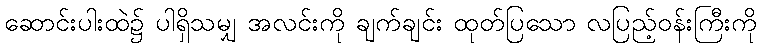
ဆောင်းပါးထဲ၌ ပါရှိသမျှ အလင်းကို ချက်ချင်း ထုတ်ပြသော လပြည့်ဝန်းကြီးကို